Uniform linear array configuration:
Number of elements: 48
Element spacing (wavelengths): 0.5
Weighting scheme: cosine
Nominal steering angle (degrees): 0
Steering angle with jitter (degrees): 0.5906
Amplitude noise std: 0.05
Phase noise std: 0.05

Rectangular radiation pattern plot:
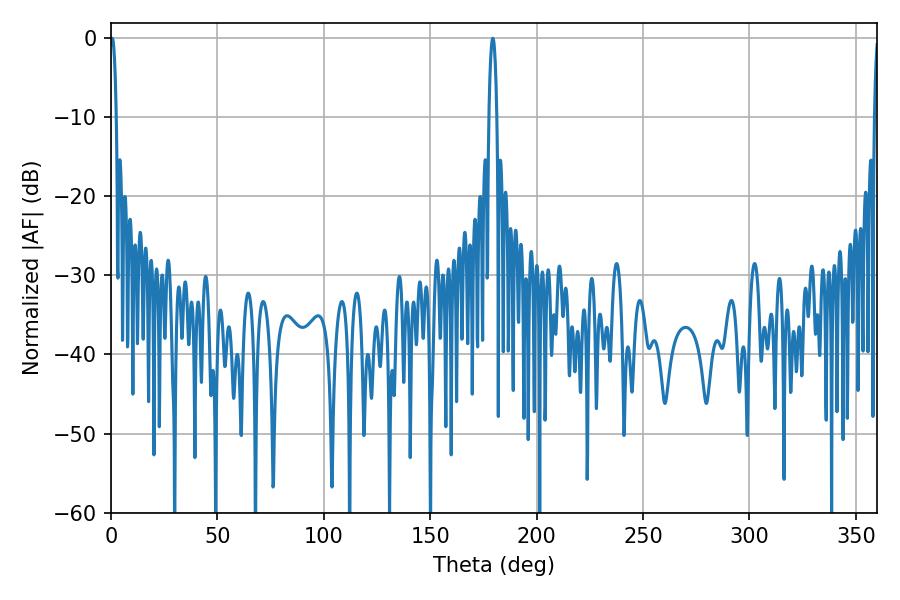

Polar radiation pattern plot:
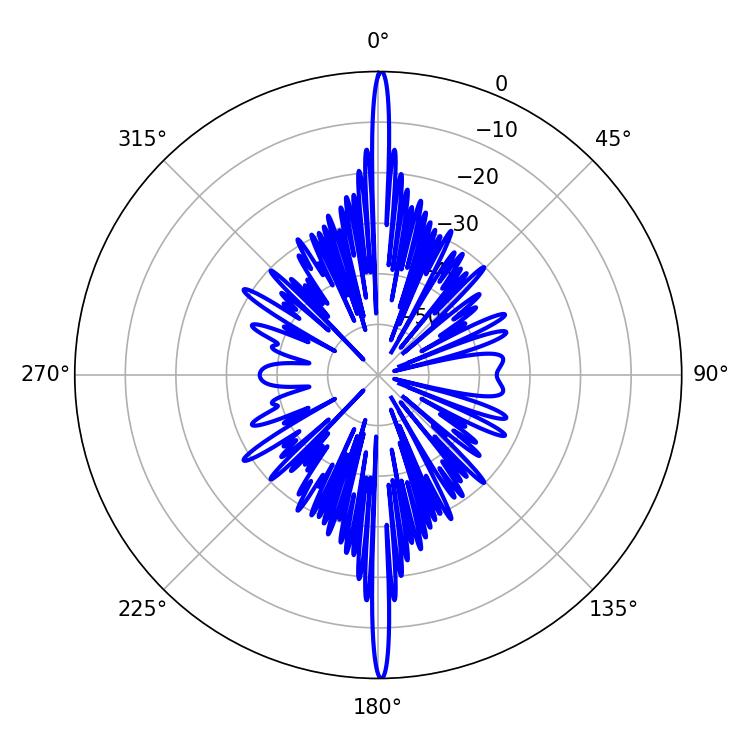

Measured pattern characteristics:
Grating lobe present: FALSE
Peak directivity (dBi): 33.782
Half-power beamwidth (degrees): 1.62
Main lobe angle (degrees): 0.54